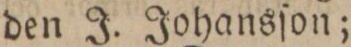
den J. Johansſon;